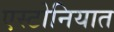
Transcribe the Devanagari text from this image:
एस्टोनियात